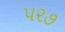
૫૨૭